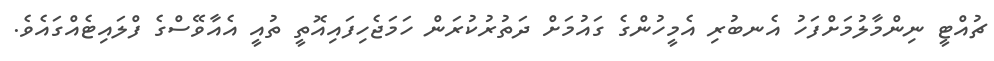
ޗުއްޓީ ނިންމާލުމަށްފަހު އެނބުރި އެމީހުންގެ ގައުމަށް ދަތުރުކުރަން ހަމަޖެހިފައިއޮތީ ތުއީ އެއާވޭސްގެ ފްލައިޓެއްގައެވެ.